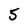
Character: 5